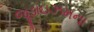
જૂડાઇઝમના